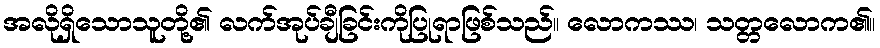
အလိုရှိသောသူတို့၏ လက်အုပ်ချီခြင်းကိုပြုရာဖြစ်သည်။ လောကဿ၊ သတ္တလောက၏။